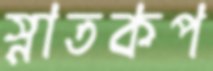
স্নাতকপ